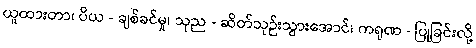
ယူထားတာ၊ ပိယ - ချစ်ခင်မှု၊ သုည - ဆိတ်သုဉ်းသွားအောင်၊ ကရုဏ - ပြုခြင်းလို့